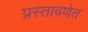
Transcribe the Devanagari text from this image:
प्रस्तावणेत